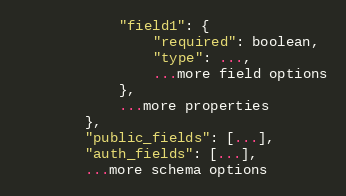
Language: Python
            "field1": {
                "required": boolean,
                "type": ...,
                ...more field options
            },
            ...more properties
        },
        "public_fields": [...],
        "auth_fields": [...],
        ...more schema options